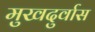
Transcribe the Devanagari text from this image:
मुखदुर्वास